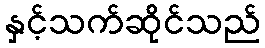
နှင့်သက်ဆိုင်သည်